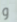
و